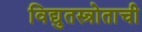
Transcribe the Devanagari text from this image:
विद्युतस्त्रोताची